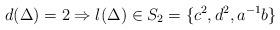
LaTeX: \begin{align*}d(\Delta)=2 \Rightarrow l(\Delta) \in S_2 = \{ c^2,d^2,a^{-1} b \}\end{align*}